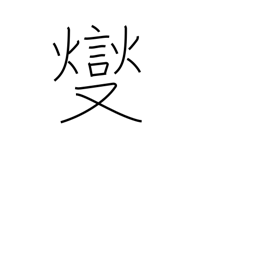
Meaning: boil over low heat